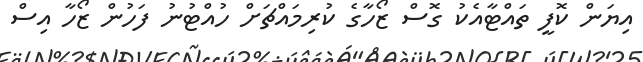
އިޔަން ކޮފީ ތައްޓާއެކު ގޮސް ޒޯހާގެ ކުރިމައްޗަށް ހުއްޓުނު ފަހުން ޒޯހާ އިސް